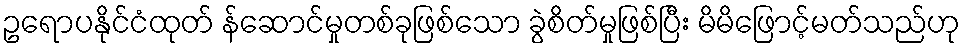
ဥရောပနိုင်ငံထုတ် န်ဆောင်မှုတစ်ခုဖြစ်သော ခွဲစိတ်မှုဖြစ်ပြီး မိမိဖြောင့်မတ်သည်ဟု